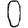
Digit: 0